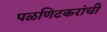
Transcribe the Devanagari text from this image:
पळणिटकरांची